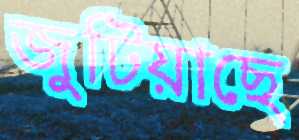
জুটিয়াছে